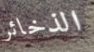
الذخائر